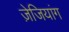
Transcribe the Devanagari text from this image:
ज़ेजियांग